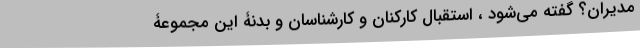
مدیران؟ گفته می‌شود ، استقبال کارکنان و کارشناسان و بدنۀ این مجموعۀ